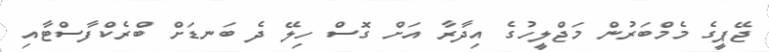
ޖޭޕީގެ މެމްބަރުން މަޖްލީހުގެ އިދާރާ އަށް ގޮސް ހިލޭ ދެ ބަނޑަށް ބްރެކްފާސްޓާއި